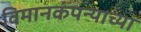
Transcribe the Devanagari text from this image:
विमानकंपन्याच्या